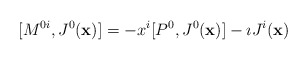
\begin{align*}[M^{0i},J^0({\bf x})]=-x^i[P^0,J^0({\bf x})]-\imath J^i({\bf x})\end{align*}